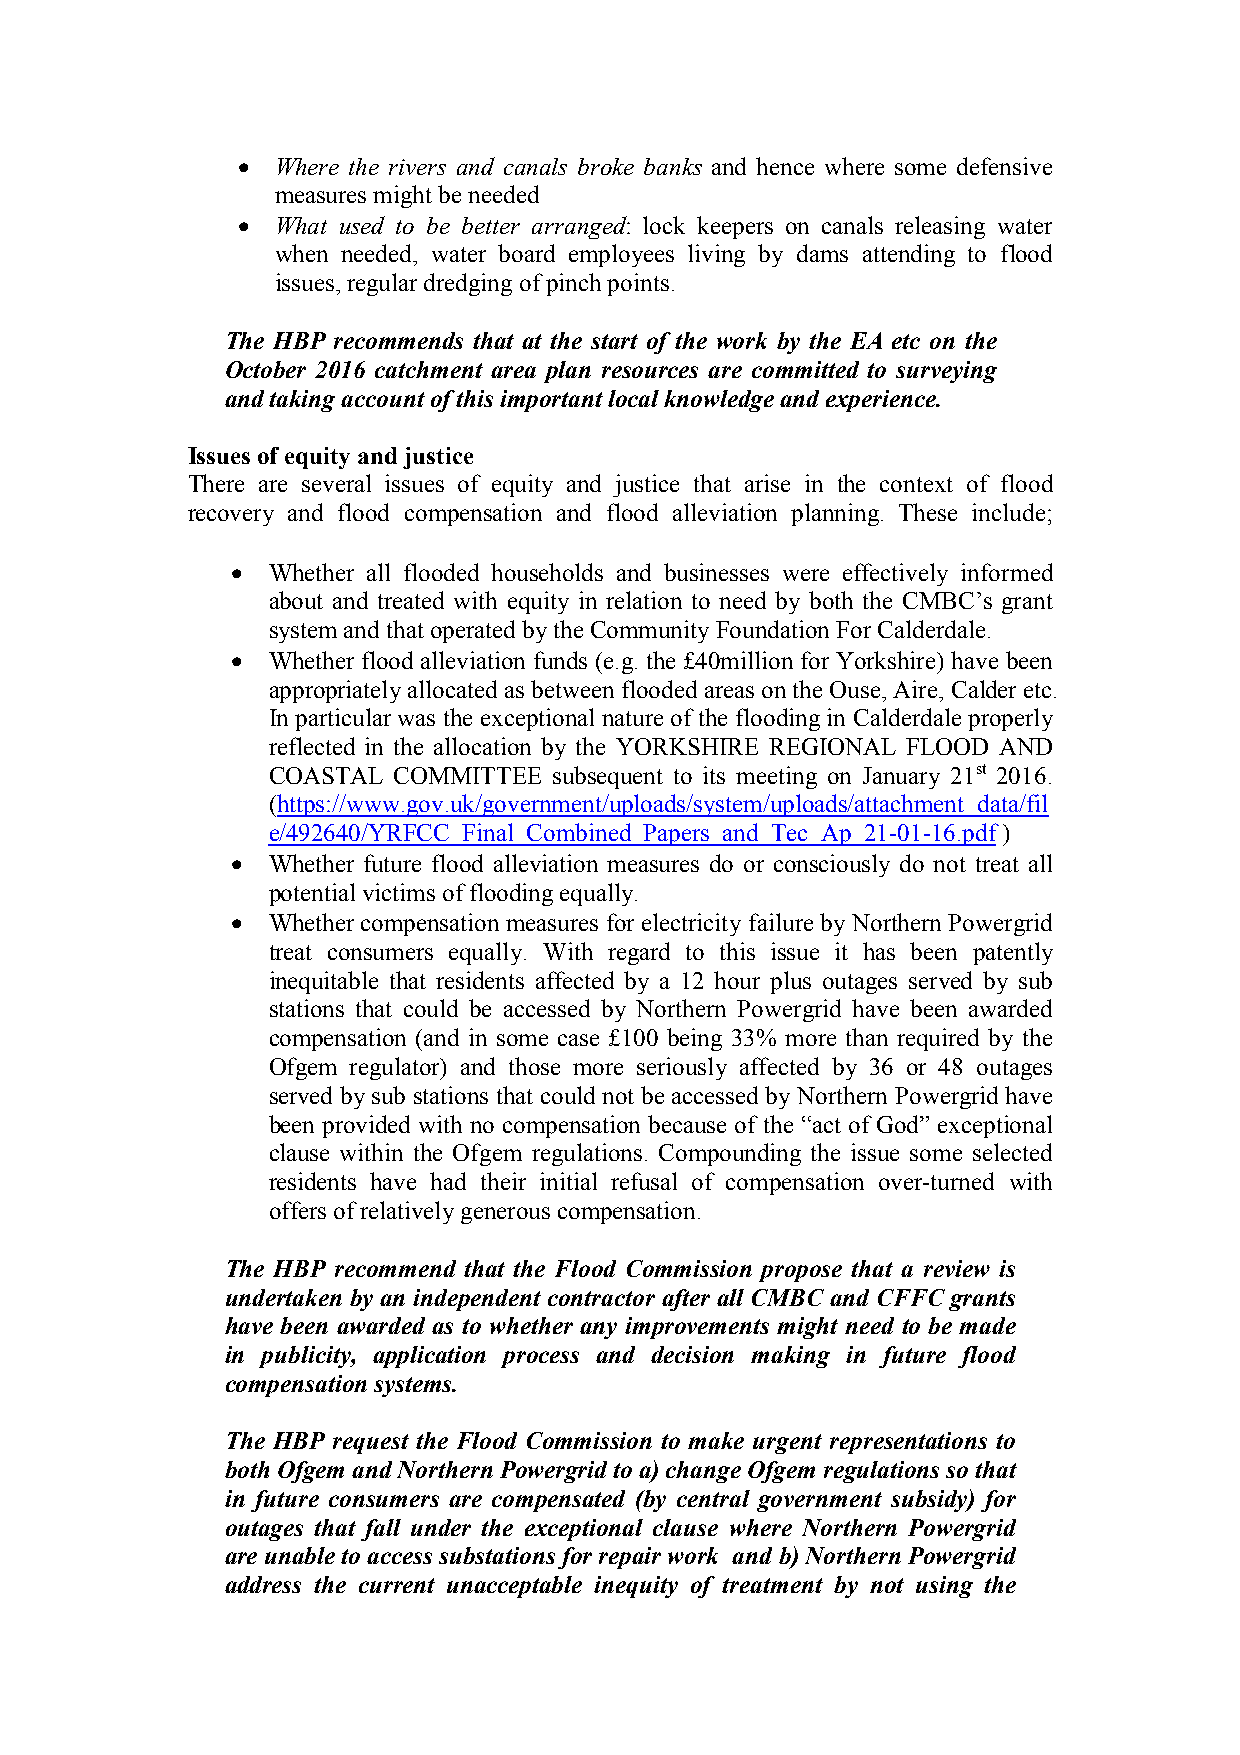
• Where the rivers and canals broke banks and hence where some defensive
 measures might be needed
 • What used to be better arranged: lock keepers on canals releasing water
 when needed, water board employees living by dams attending to flood
 issues, regular dredging of pinch points.
 The HBP recommends that at the start of the work by the EA etc on the
 October 2016 catchment area plan resources are committed to surveying
 and taking account of this important local knowledge and experience.
 Issues of equity and justice
 There are several issues of equity and justice that arise in the context of flood
 recovery and flood compensation and flood alleviation planning. These include;
 •  Whether all flooded households and businesses were effectively informed
 about and treated with equity in relation to need by both the CMBC’s grant
 system and that operated by the Community Foundation For Calderdale.
 •  Whether flood alleviation funds (e.g. the £40million for Yorkshire) have been
 appropriately allocated as between flooded areas on the Ouse, Aire, Calder etc.
 In particular was the exceptional nature of the flooding in Calderdale properly
 reflected in the allocation by the YORKSHIRE REGIONAL FLOOD AND
 COASTAL COMMITTEE  subsequent to its meeting on January 21st 2016.
 (https://www.gov.uk/government/uploads/system/uploads/attachment_data/fil
 e/492640/YRFCC_Final_Combined_Papers_and_Tec_Ap_21-01-16.pdf )
 •  Whether future flood alleviation measures do or consciously do not treat all
 potential victims of flooding equally.
 •  Whether compensation measures for electricity failure by Northern Powergrid
 treat consumers equally. With regard to this issue it has been patently
 inequitable that residents affected by a 12 hour plus outages served by sub
 stations that could be accessed by Northern Powergrid have been awarded
 compensation (and in some case £100 being 33% more than required by the
 Ofgem regulator) and those more seriously affected by 36 or 48 outages
 served by sub stations that could not be accessed by Northern Powergrid have
 been provided with no compensation because of the “act of God” exceptional
 clause within the Ofgem regulations. Compounding the issue some selected
 residents have had their initial refusal of compensation over-turned with
 offers of relatively generous compensation.
 The HBP recommend that the Flood Commission propose that a review is
 undertaken by an independent contractor after all CMBC and CFFC grants
 have been awarded as to whether any improvements might need to be made
 in publicity, application process and decision making in future flood
 compensation systems.
 The HBP request the Flood Commission to make urgent representations to
 both Ofgem and Northern Powergrid to a) change Ofgem regulations so that
 in future consumers are compensated (by central government subsidy) for
 outages that fall under the exceptional clause where Northern Powergrid
 are unable to access substations for repair work and b) Northern Powergrid
 address the current unacceptable inequity of treatment by not using the